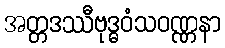
အတ္တဒဿီဗုဒ္ဓဝံသဝဏ္ဏနာ